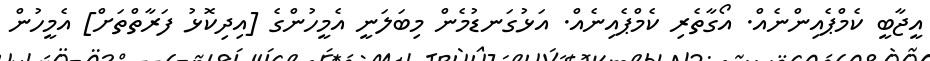
އީޖާބީ ކެމްޕެއިންނެއް. އޯގާތެރި ކެމްޕެއިނެއް. އަޅުގަނޑުމެން މިބަލަނީ އެމީހުންގެ [އިދިކޮޅު ފަރާތްތަށް] އެމީހުން